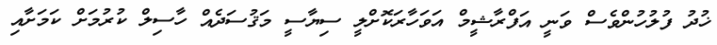
ޚުދު ފުލުހުންވެސް ވަނީ އަފްރާޝީމް އަވަހާރަކޮށްލީ ސިޔާސީ މަޤުސަދެއް ހާސިލް ކުރުމަށް ކަމަށާއި